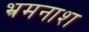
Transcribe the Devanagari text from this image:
भ्रमनाश